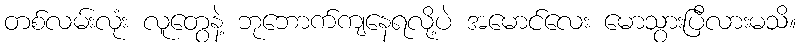
တစ်လမ်းလုံး လူတွေနဲ့ ဘုဘောက်ကျနေရလို့ပဲ အမောင်လေး မောသွားပြီလားမသိ။